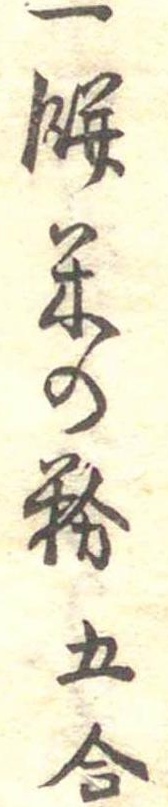
一餅米の粉五合